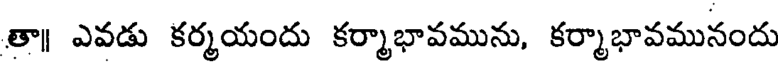
తా ఎవడు కర్మయందు కర్మాభావమును, కర్మాభావమునందు